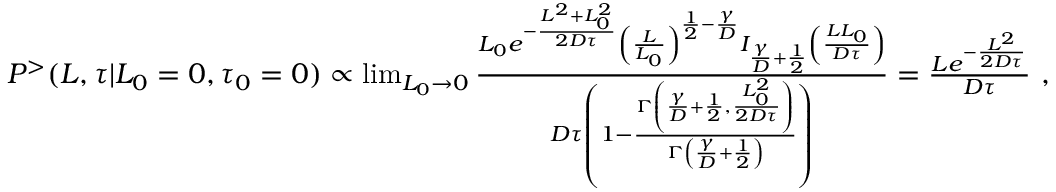
\begin{array} { r } { P ^ { > } ( L , \tau | L _ { 0 } = 0 , \tau _ { 0 } = 0 ) \propto \operatorname* { l i m } _ { L _ { 0 } \to 0 } \frac { L _ { 0 } e ^ { - \frac { L ^ { 2 } + L _ { 0 } ^ { 2 } } { 2 D \tau } } \left( \frac { L } { L _ { 0 } } \right) ^ { \frac { 1 } { 2 } - \frac { \gamma } { D } } I _ { \frac { \gamma } { D } + \frac { 1 } { 2 } } \left( \frac { L L _ { 0 } } { D \tau } \right) } { D \tau \left( 1 - \frac { \Gamma \left( \frac { \gamma } { D } + \frac { 1 } { 2 } , \frac { L _ { 0 } ^ { 2 } } { 2 D \tau } \right) } { \Gamma \left( \frac { \gamma } { D } + \frac { 1 } { 2 } \right) } \right) } = \frac { L e ^ { - \frac { L ^ { 2 } } { 2 D \tau } } } { D \tau } \ , } \end{array}